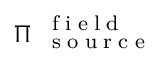
\boldsymbol { \Pi } _ { \mathrm { ~ \tiny ~ { ~ s ~ o ~ u ~ r ~ c ~ e ~ } ~ } } ^ { \mathrm { ~ \tiny ~ { ~ f ~ i ~ e ~ l ~ d ~ } ~ } }